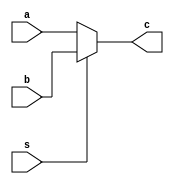
module Mux (a,b,s,c);

    input [31:0]a,b;
    input s;
    output [31:0]c;

    assign c = (~s) ? a : b ;
    
endmodule

module Mux_3_by_1 (a,b,c,s,d);
    input [31:0] a,b,c;
    input [1:0] s;
    output [31:0] d;

    assign d = (s == 2'b00) ? a : (s == 2'b01) ? b : (s == 2'b10) ? c : 32'h00000000;
    
endmodule